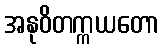
အနုဝိတက္ကယတော